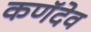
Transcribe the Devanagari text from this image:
कणॅदेव